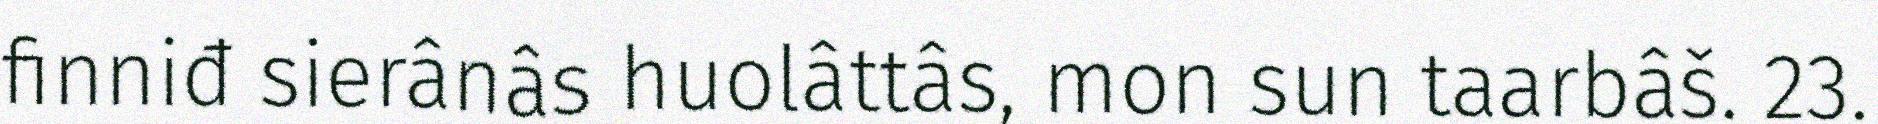
finniđ sierânâs huolâttâs, mon sun taarbâš. 23.